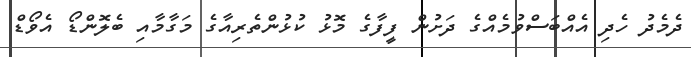
ދެމެދު ހެދި އެއްބަސްވުމެއްގެ ދަށުން ފީފާގެ މޮޅު ކުޅުންތެރިއާގެ މަގާމާއި ބެލޮންޑޯ އެވޯޑް